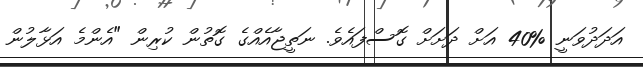
އަދަދުވަނީ %40 އަށް ދަށަށް ގޮސްފައެވެ. ނަތީޖާއެއްގެ ގޮތުން ކުރިން "އެންމެ އަޅާލުން